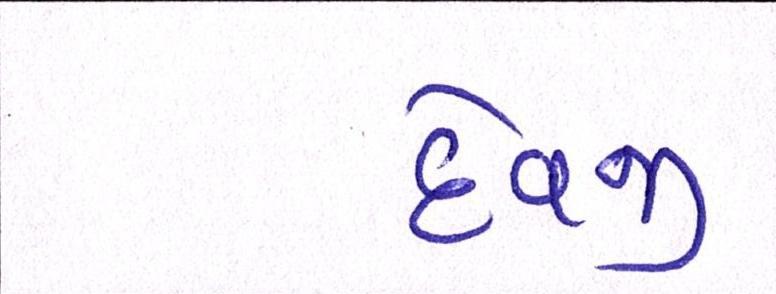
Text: દેવજી